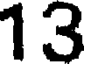
13